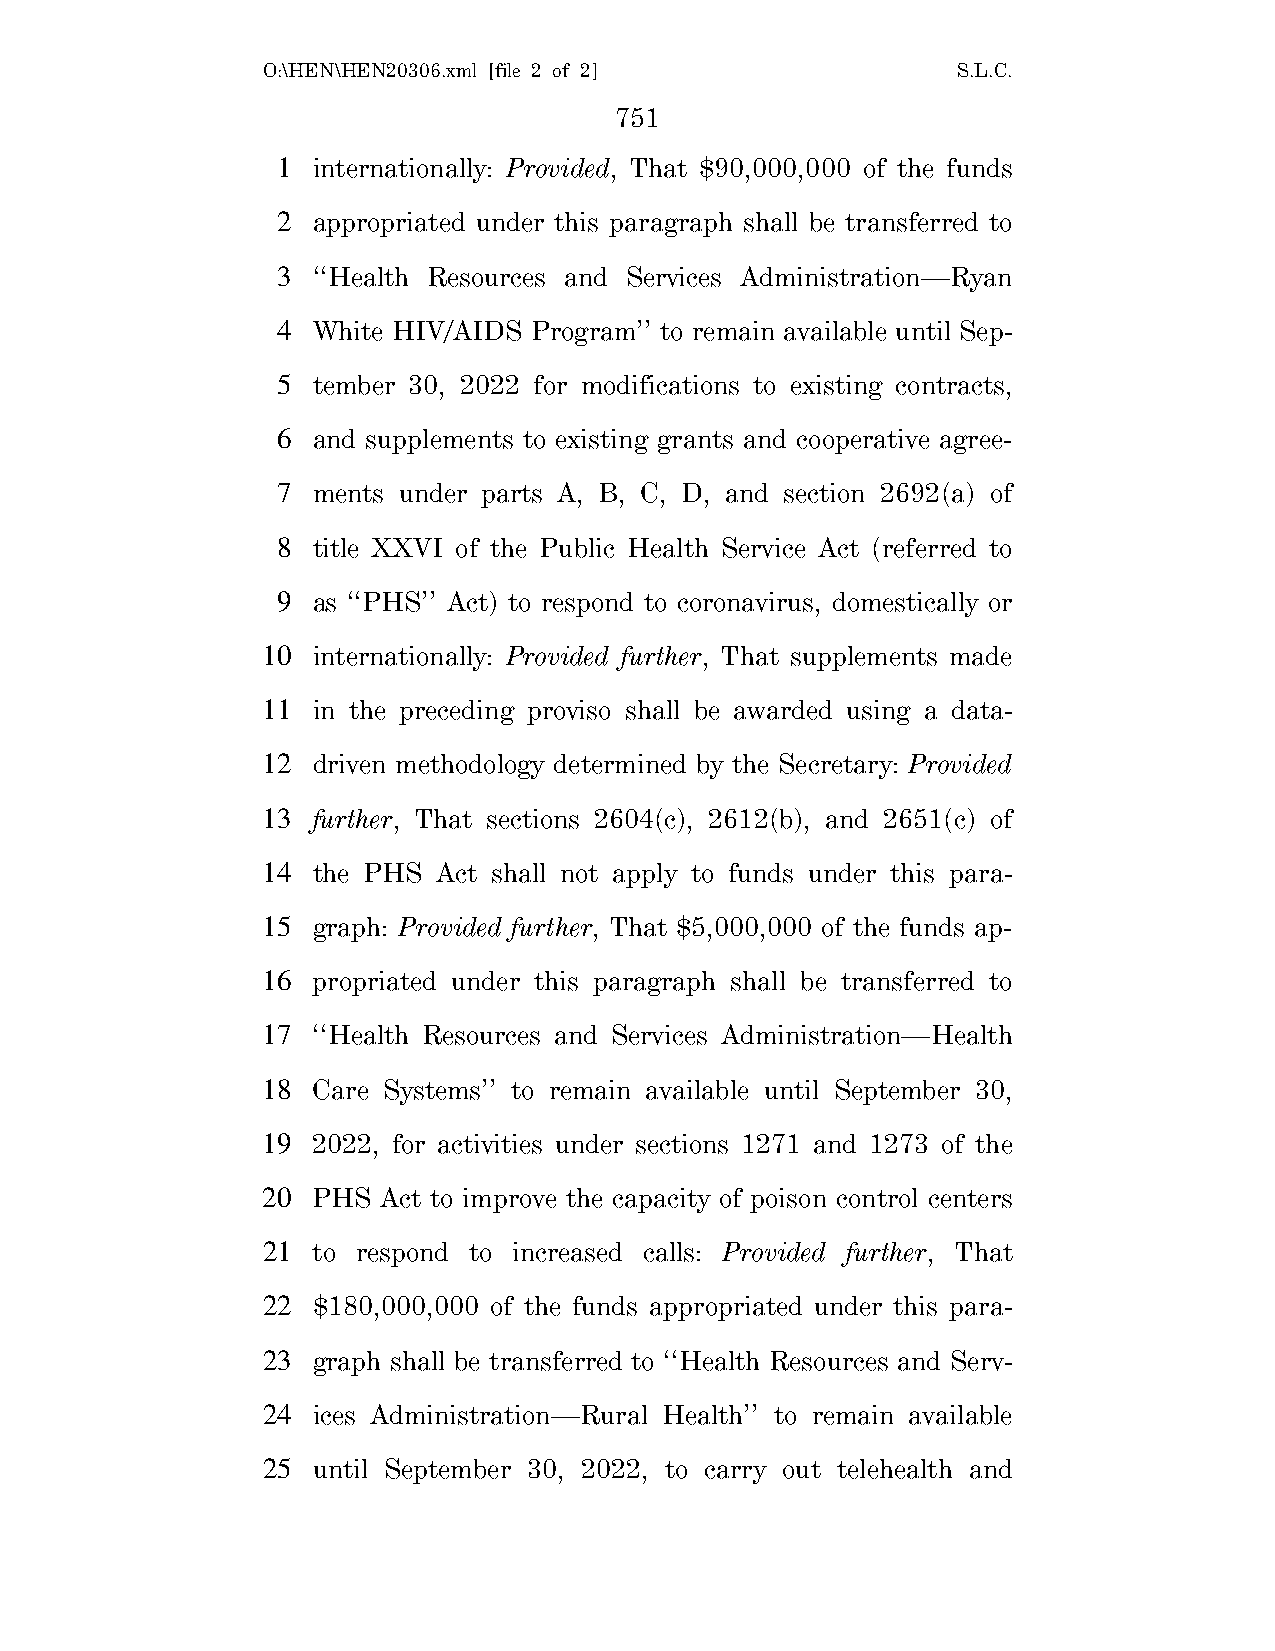
O:\HEN\HEN20306.xml [file 2 of 2]             S.L.C.
 751
 1  internationally: Provided, That $90,000,000 of the funds
 2  appropriated under this paragraph shall be transferred to
 3  ‘‘Health Resources and Services Administration—Ryan
 4  White HIV/AIDS Program’’ to remain available until Sep-
 5  tember 30, 2022 for modifications to existing contracts,
 6  and supplements to existing grants and cooperative agree-
 7  ments under parts A, B, C, D, and section 2692(a) of
 8  title XXVI of the Public Health Service Act (referred to
 9  as ‘‘PHS’’ Act) to respond to coronavirus, domestically or
 10  internationally: Provided further, That supplements made
 11  in the preceding proviso shall be awarded using a data-
 12  driven methodology determined by the Secretary: Provided
 13  further, That sections 2604(c), 2612(b), and 2651(c) of
 14  the PHS Act shall not apply to funds under this para-
 15  graph: Provided further, That $5,000,000 of the funds ap-
 16  propriated under this paragraph shall be transferred to
 17  ‘‘Health Resources and Services Administration—Health
 18  Care Systems’’ to remain available until September 30,
 19  2022, for activities under sections 1271 and 1273 of the
 20  PHS Act to improve the capacity of poison control centers
 21  to respond to increased calls: Provided further, That
 22  $180,000,000 of the funds appropriated under this para-
 23  graph shall be transferred to ‘‘Health Resources and Serv-
 24  ices Administration—Rural Health’’ to remain available
 25  until September 30, 2022, to carry out telehealth and